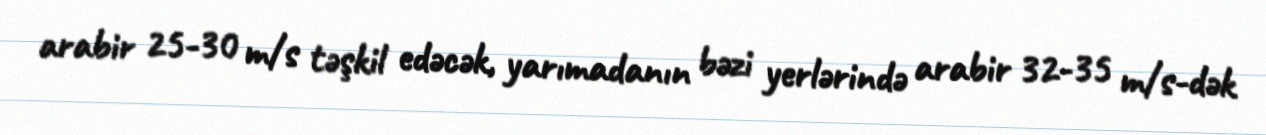
arabir 25-30 m/s təşkil edəcək, yarımadanın bəzi yerlərində arabir 32-35 m/s-dək